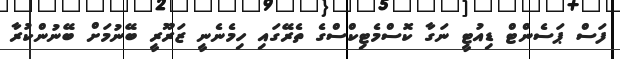
ފަސް ޕަސެންޓް ޑިއުޓީ ނަގާ ކޮސްމެޓިކްސްގެ ތެރޭގައި ހިމެނެނީ ޒަރޫރީ ބޭނުމަށް ބޭނުންކުރާ